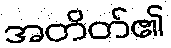
အတိတ်၏